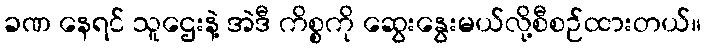
ခဏ နေရင် သူဌေးနဲ့ အဲဒီ ကိစ္စကို ဆွေးနွေးမယ်လို့စီစဉ်ထားတယ်။